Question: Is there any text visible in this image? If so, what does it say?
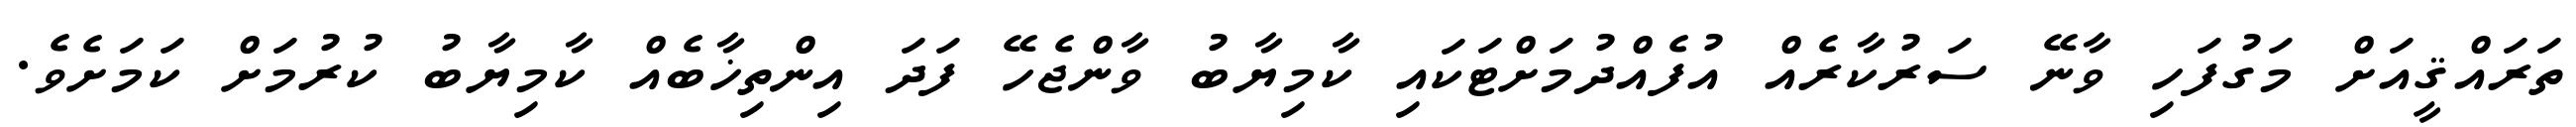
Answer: ތަރައްޤީއަށް މަގުފަހި ވާނޭ ސަރުކާރެއް އުފެއްދުމަށްޓަކައި ކާމިޔާބު ވާންޖެހޭ ފަދަ އިންތިޚާބެއް ކާމިޔާބު ކުރުމަށް ކަމަށެވެ.